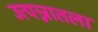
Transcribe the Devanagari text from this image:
उत्पन्नातला